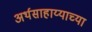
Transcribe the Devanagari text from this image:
अर्थसाहाय्याच्या